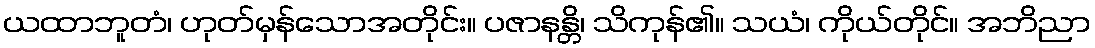
ယထာဘူတံ၊ ဟုတ်မှန်သောအတိုင်း။ ပဇာနန္တိ၊ သိကုန်၏။ သယံ၊ ကိုယ်တိုင်။ အဘိညာ